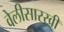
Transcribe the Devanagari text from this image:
वेलीसारखी